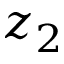
z _ { 2 }